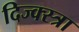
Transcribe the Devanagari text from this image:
दिज्क्स्त्रा